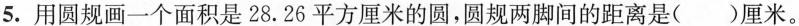
5.用圆规画一个面积是28.26平方厘米的圆，圆规两脚间的距离是( )厘米。